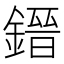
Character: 𨫌